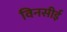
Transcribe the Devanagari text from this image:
विनसीई